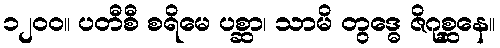
၁၂၀၀။ ပတီစီ စရိမေ ပစ္ဆာ၊ သာမိ တွဒ္ဓေ ဇိဂုစ္ဆနေ။